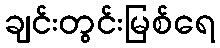
ချင်းတွင်းမြစ်ရေ